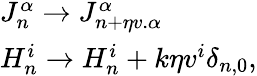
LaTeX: \begin{array}{lcr}{{J_{n}^{\alpha}\to J_{n+\eta v.{\alpha}}^{\alpha}}}\\ {{H_{n}^{i}\to H_{n}^{i}+k\eta v^{i}\delta_{n,0},}}\end{array}